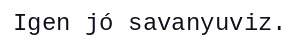
Igen jó savanyuviz.